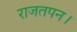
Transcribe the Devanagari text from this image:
राजतपन।